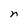
Character: n